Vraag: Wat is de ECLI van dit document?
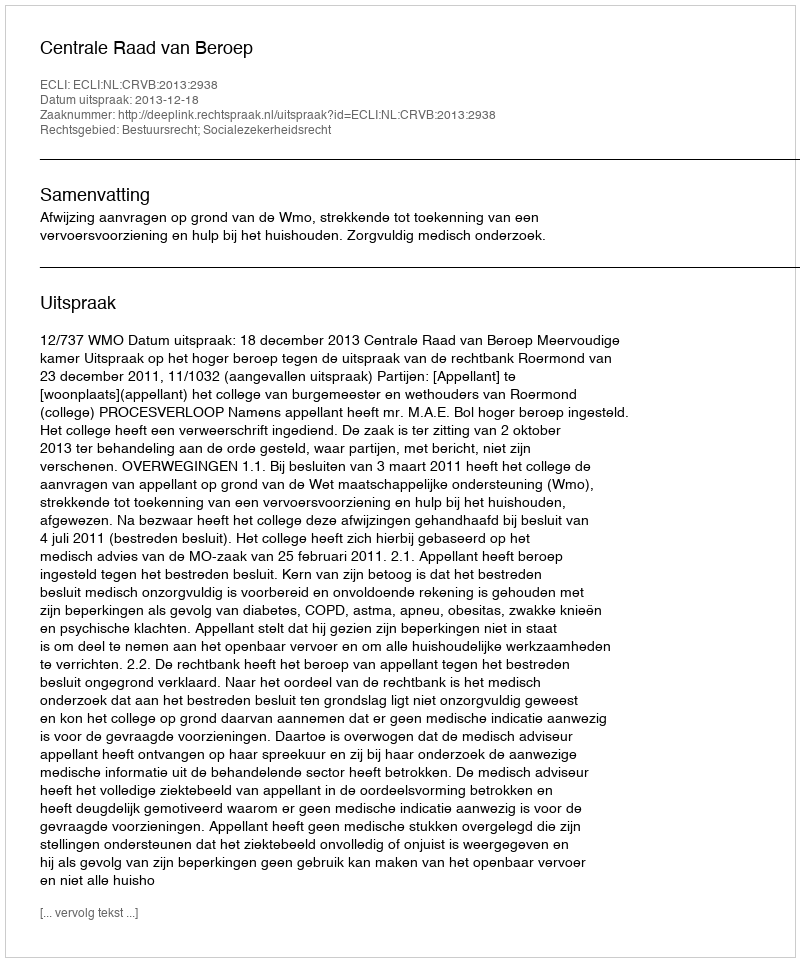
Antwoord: ECLI:NL:CRVB:2013:2938